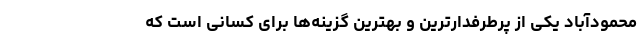
محمودآباد یکی از پرطرفدارترین و بهترین گزینه­‌ها برای کسانی است که